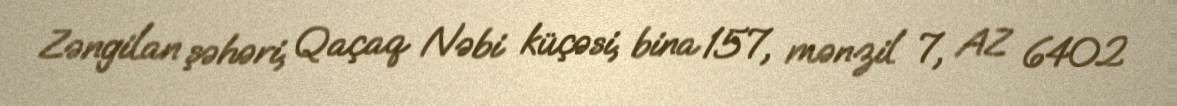
Zəngilan şəhəri, Qaçaq Nəbi küçəsi, bina 157, mənzil 7, AZ 6402